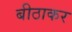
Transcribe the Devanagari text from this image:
बीठाकर